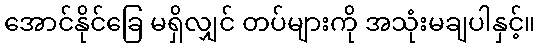
အောင်နိုင်ခြေ မရှိလျှင် တပ်များကို အသုံးမချပါနှင့်။